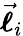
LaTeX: \vec{\boldsymbol{\ell}}_{i}